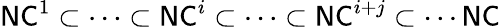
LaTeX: {\mathsf{NC}}^{1}\subset\cdots\subset{\mathsf{NC}}^{i}\subset\cdots\subset{\mathsf{NC}}^{i+j}\subset\cdots{\mathsf{NC}}